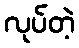
လုပ်တဲ့